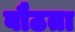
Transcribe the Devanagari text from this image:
बौठता